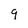
Character: 9